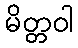
မိတ္တဝါ